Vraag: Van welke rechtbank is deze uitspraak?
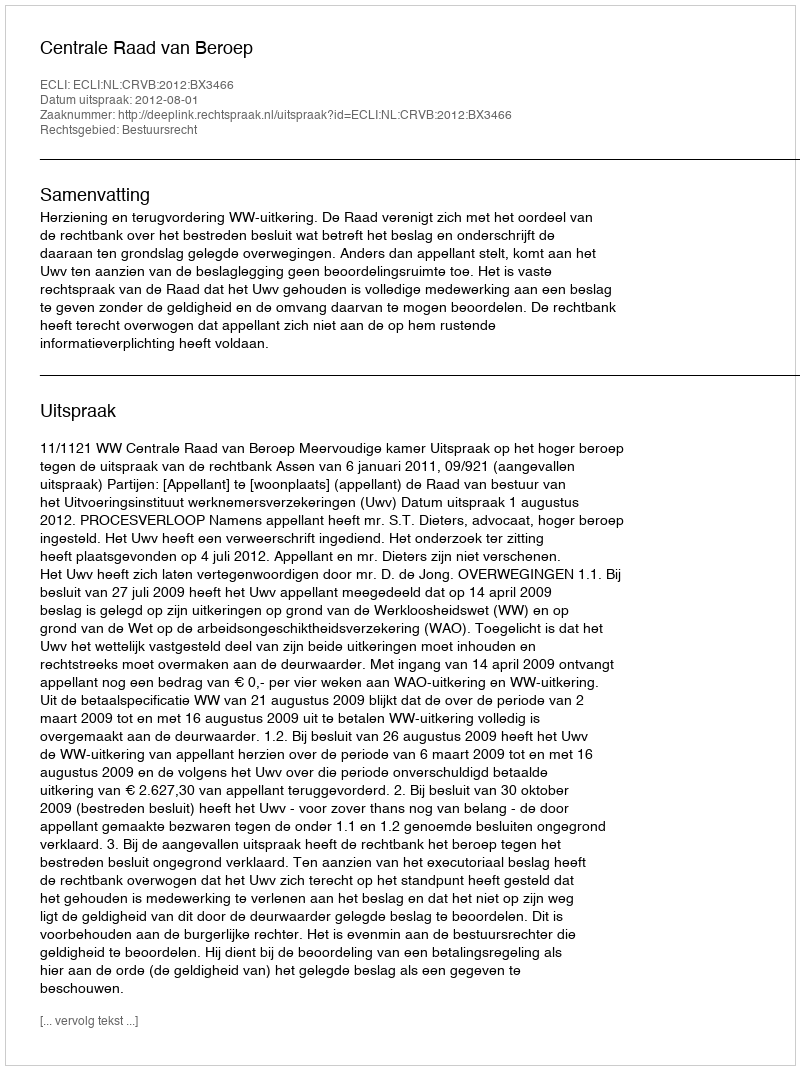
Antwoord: Centrale Raad van Beroep